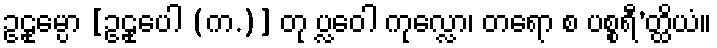
ဥဠုမ္ပော [ဥဠုပေါ (က.)] တု ပ္လဝေါ ကုလ္လော၊ တရော စ ပစ္စရီ’တ္ထိယံ။